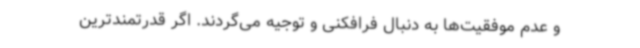
و عدم موفقیت‌ها به دنبال فرافکنی و توجیه می‌گردند. اگر قدرتمندترین